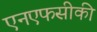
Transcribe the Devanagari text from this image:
एनएफसीकी